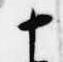
十